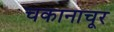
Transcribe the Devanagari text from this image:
चकानाचूर